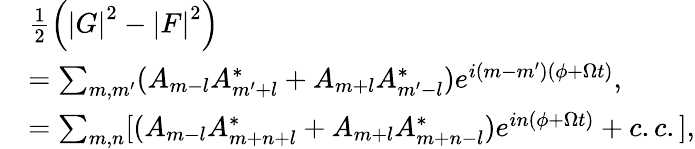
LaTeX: \begin{array}{rl}&{\frac{1}{2}\left(\left\vert G\right\vert^{2}-\left\vert F\right\vert^{2}\right)}\\ &{=\sum_{m,m^{\prime}}(A_{m-l}A_{m^{\prime}+l}^{\ast}+A_{m+l}A_{m^{\prime}-l}^{\ast})e^{i\left(m-m^{\prime}\right)\left(\phi+\Omega t\right)},}\\ &{=\sum_{m,n}[(A_{m-l}A_{m+n+l}^{\ast}+A_{m+l}A_{m+n-l}^{\ast})e^{in\left(\phi+\Omega t\right)}+c.c.],}\end{array}